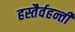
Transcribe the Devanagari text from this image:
हस्तैर्वहन्तीं